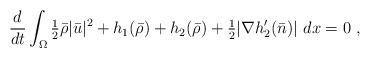
LaTeX: \begin{align*} \frac{d}{dt} \int_\Omega \tfrac{1}{2}\bar \rho |\bar u|^2+h_1(\bar \rho) + h_2(\bar \rho) + \tfrac{1}{2} |\nabla h_2^\prime(\bar n)| \ dx = 0 \ ,\end{align*}